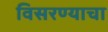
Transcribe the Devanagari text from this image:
विसरण्याचा